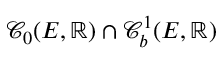
\mathcal { C } _ { 0 } ( E , \mathbb { R } ) \cap \mathcal { C } _ { b } ^ { 1 } ( E , \mathbb { R } )